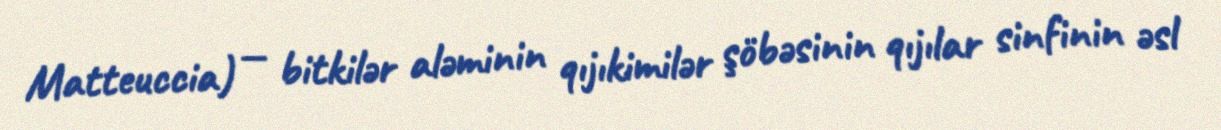
Matteuccia) — bitkilər aləminin qıjıkimilər şöbəsinin qıjılar sinfinin əsl